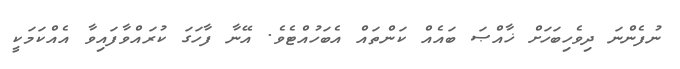
ނުފެންނަ ދިވެހިބަހަށް ޚާއްޞަ ބައެއް ކަންތައް އެބަހުއްޓެވެ. އޭނާ ފާހަގަ ކުރައްވާފައިވާ އެއްކަމަކީ